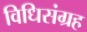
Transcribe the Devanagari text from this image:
विधिसंग्रह